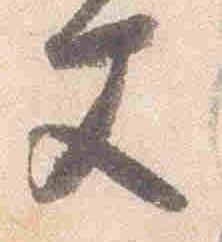
文